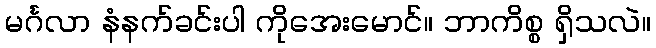
မင်္ဂလာ နံနက်ခင်းပါ ကိုအေးမောင်။ ဘာကိစ္စ ရှိသလဲ။